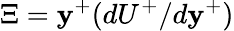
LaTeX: \Xi=\mathbf{y}^{+}(dU^{+}/d\mathbf{y}^{+})